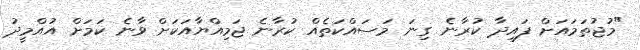
"މުޖުތަމައަށް ފައިދާ ކުރާނެ ގިނަ މަސައްކަތެއް ކުރާނެ ޖަމިއްޔާއަކަށް ވާނެ ކަމަށް އުއްމީދު